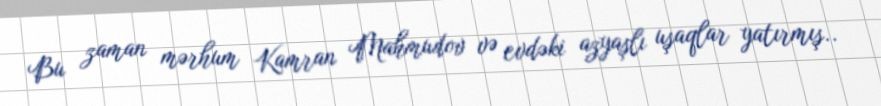
Bu zaman mərhum Kamran Mahmudov və evdəki azyaşlı uşaqlar yatırmış..